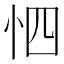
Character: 怬